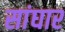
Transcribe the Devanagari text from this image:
सांघार